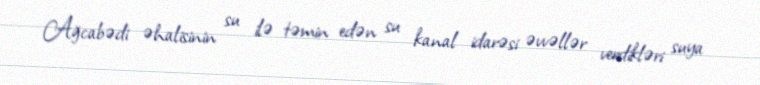
Ağcabədi əhalisinin su ilə təmin edən su kanal idarəsi əvvəllər verdikləri suya